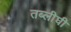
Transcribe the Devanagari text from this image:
तब्लीघी